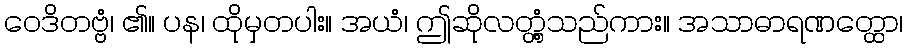
ဝေဒိတဗ္ဗံ၊ ၏။ ပန၊ ထိုမှတပါး။ အယံ၊ ဤဆိုလတ္တံ့သည်ကား။ အသာဓာရဏတ္ထော၊